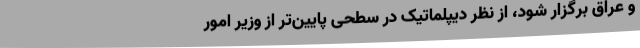
و عراق برگزار شود، از نظر دیپلماتیک در سطحی پایین‌تر از وزیر امور